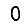
Digit: 0